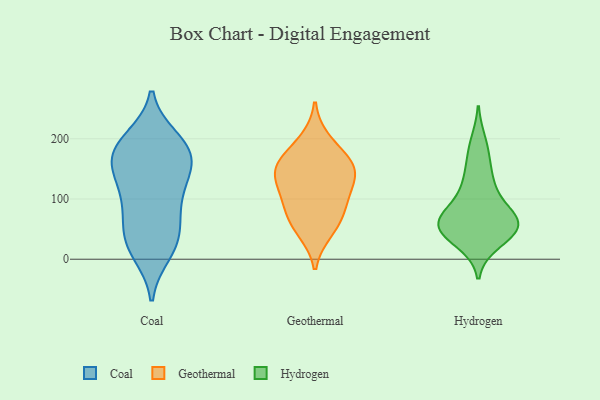
{"axis": {"x": "Revenue (USD Million)", "y": "Value"}, "legend": ["Coal", "Geothermal", "Hydrogen"], "data": [{"x": "", "y": 196, "type": "Coal"}, {"x": "", "y": 183, "type": "Coal"}, {"x": "", "y": 30, "type": "Coal"}, {"x": "", "y": 65, "type": "Coal"}, {"x": "", "y": 57, "type": "Coal"}, {"x": "", "y": 190, "type": "Coal"}, {"x": "", "y": 10, "type": "Coal"}, {"x": "", "y": 152, "type": "Coal"}, {"x": "", "y": 16, "type": "Coal"}, {"x": "", "y": 109, "type": "Coal"}, {"x": "", "y": 168, "type": "Coal"}, {"x": "", "y": 35, "type": "Coal"}, {"x": "", "y": 147, "type": "Coal"}, {"x": "", "y": 104, "type": "Coal"}, {"x": "", "y": 153, "type": "Coal"}, {"x": "", "y": 166, "type": "Coal"}, {"x": "", "y": 100, "type": "Coal"}, {"x": "", "y": 200, "type": "Coal"}, {"x": "", "y": 117, "type": "Geothermal"}, {"x": "", "y": 90, "type": "Geothermal"}, {"x": "", "y": 127, "type": "Geothermal"}, {"x": "", "y": 159, "type": "Geothermal"}, {"x": "", "y": 148, "type": "Geothermal"}, {"x": "", "y": 46, "type": "Geothermal"}, {"x": "", "y": 165, "type": "Geothermal"}, {"x": "", "y": 198, "type": "Geothermal"}, {"x": "", "y": 59, "type": "Geothermal"}, {"x": "", "y": 84, "type": "Geothermal"}, {"x": "", "y": 149, "type": "Geothermal"}, {"x": "", "y": 56, "type": "Hydrogen"}, {"x": "", "y": 121, "type": "Hydrogen"}, {"x": "", "y": 167, "type": "Hydrogen"}, {"x": "", "y": 56, "type": "Hydrogen"}, {"x": "", "y": 132, "type": "Hydrogen"}, {"x": "", "y": 94, "type": "Hydrogen"}, {"x": "", "y": 28, "type": "Hydrogen"}, {"x": "", "y": 58, "type": "Hydrogen"}, {"x": "", "y": 51, "type": "Hydrogen"}, {"x": "", "y": 72, "type": "Hydrogen"}, {"x": "", "y": 57, "type": "Hydrogen"}, {"x": "", "y": 194, "type": "Hydrogen"}, {"x": "", "y": 65, "type": "Hydrogen"}, {"x": "", "y": 39, "type": "Hydrogen"}]}